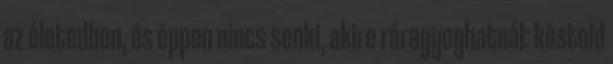
az életedben, és éppen nincs senki, akire ráragyoghatnál: kóstold